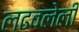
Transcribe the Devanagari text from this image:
लढवलेली